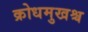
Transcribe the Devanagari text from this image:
क्रोधमुखश्च